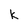
Character: k